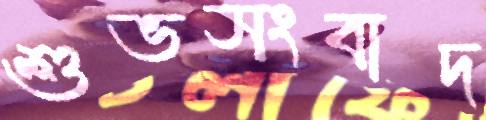
শুভসংবাদ